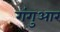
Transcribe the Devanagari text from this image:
गंगुआर